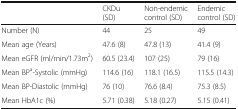
<table><thead><tr><td></td><td><b>CKDu (SD)</b></td><td><b>Non-endemic control (SD)</b></td><td><b>Endemic control (SD)</b></td></tr></thead><tbody><tr><td>Number (N)</td><td>44</td><td>25</td><td>49</td></tr><tr><td>Mean age (Years)</td><td>47.6 (8)</td><td>47.8 (13)</td><td>41.4 (9)</td></tr><tr><td>Mean eGFR (ml/min/1.73m<sup>2</sup>)</td><td>60.5 (23.4)</td><td>107 (25)</td><td>79 (16)</td></tr><tr><td>Mean BP<sup>a</sup>-Systolic (mmHg)</td><td>114.6 (16)</td><td>118.1 (16.5)</td><td>115.5 (14.3)</td></tr><tr><td>Mean BP-Diastolic (mmHg)</td><td>76 (10)</td><td>76.6 (8.4)</td><td>75.3 (8.5)</td></tr><tr><td>Mean HbA1c (%)</td><td>5.71 (0.38)</td><td>5.18 (0.27)</td><td>5.15 (0.41)</td></tr></tbody></table>